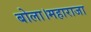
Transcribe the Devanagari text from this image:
बोला।महाराजा